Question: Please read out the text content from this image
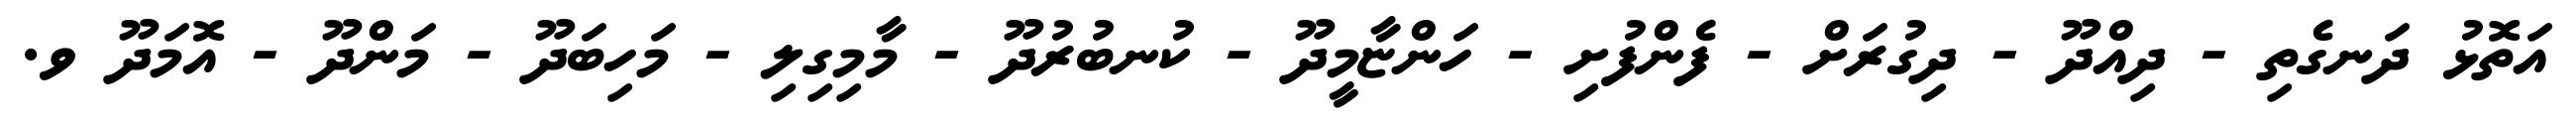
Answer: އަތޮޅު ދަނގެތި - ދިއްދޫ - ދިގުރަށް - ފެންފުށި - ހަންޏާމީދޫ - ކުނބުރުދޫ - މާމިގިލި - މަހިބަދޫ - މަންދޫ - އޮމަދޫ ވ.